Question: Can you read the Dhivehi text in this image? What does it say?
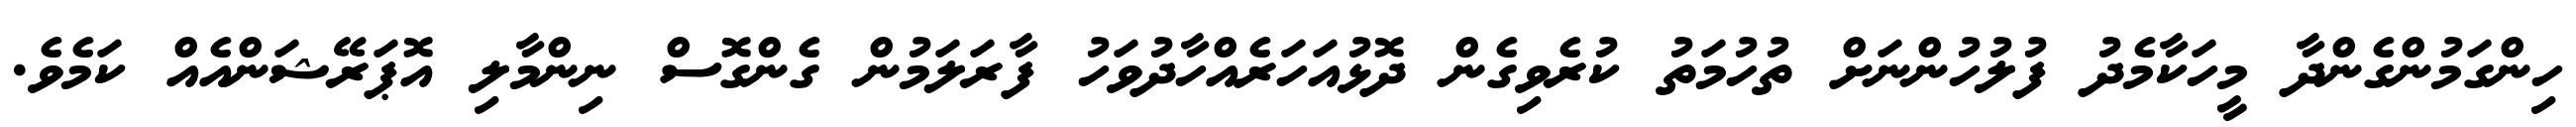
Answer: ހިންގަމުންގެންދާ މީހަކާމެދު ފުލުހުންނަށް ތުހުމަތު ކުރެވިގެން ދޮޅުއަހަރެއްހާދުވަހު ފާރަލަމުން ގެންގޮސް ނިންމާލި އޮޕަރޭޝަންއެއް ކަމެވެ.